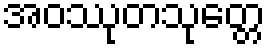
အဝဿုတသုတ္တေ